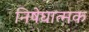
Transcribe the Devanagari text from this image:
निषेघात्मक